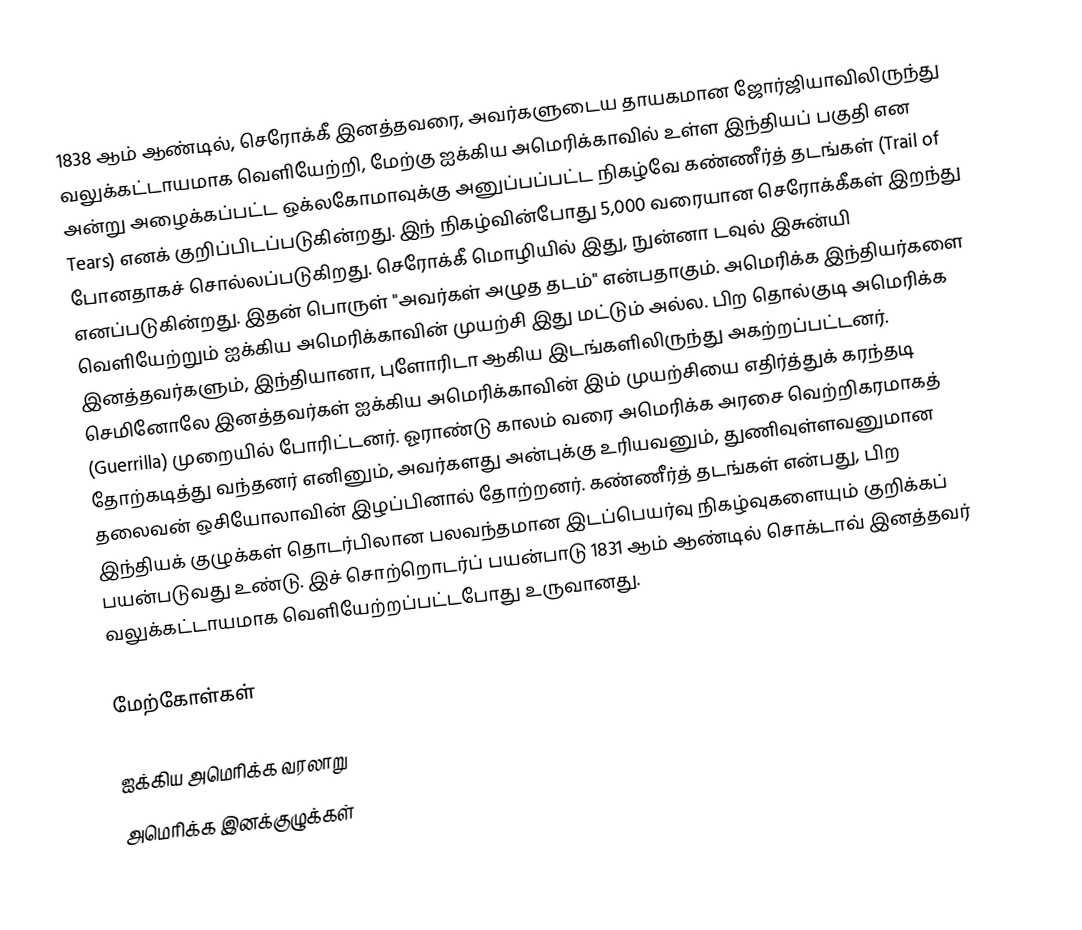
1838 ஆம் ஆண்டில், செரோக்கீ இனத்தவரை, அவர்களுடைய தாயகமான ஜோர்ஜியாவிலிருந்து வலுக்கட்டாயமாக வெளியேற்றி, மேற்கு ஐக்கிய அமெரிக்காவில் உள்ள இந்தியப் பகுதி என அன்று அழைக்கப்பட்ட ஒக்லகோமாவுக்கு அனுப்பப்பட்ட நிகழ்வே கண்ணீர்த் தடங்கள் (Trail of Tears) எனக் குறிப்பிடப்படுகின்றது. இந் நிகழ்வின்போது 5,000 வரையான செரோக்கீகள் இறந்து போனதாகச் சொல்லப்படுகிறது. செரோக்கீ மொழியில் இது, நுன்னா டவுல் இசுன்யி எனப்படுகின்றது. இதன் பொருள் "அவர்கள் அழுத தடம்" என்பதாகும். அமெரிக்க இந்தியர்களை வெளியேற்றும் ஐக்கிய அமெரிக்காவின் முயற்சி இது மட்டும் அல்ல. பிற தொல்குடி அமெரிக்க இனத்தவர்களும், இந்தியானா, புளோரிடா ஆகிய இடங்களிலிருந்து அகற்றப்பட்டனர். செமினோலே இனத்தவர்கள் ஐக்கிய அமெரிக்காவின் இம் முயற்சியை எதிர்த்துக் கரந்தடி (Guerrilla) முறையில் போரிட்டனர். ஓராண்டு காலம் வரை அமெரிக்க அரசை வெற்றிகரமாகத் தோற்கடித்து வந்தனர் எனினும், அவர்களது அன்புக்கு உரியவனும், துணிவுள்ளவனுமான தலைவன் ஒசியோலாவின் இழப்பினால் தோற்றனர். கண்ணீர்த் தடங்கள் என்பது, பிற இந்தியக் குழுக்கள் தொடர்பிலான பலவந்தமான இடப்பெயர்வு நிகழ்வுகளையும் குறிக்கப் பயன்படுவது உண்டு. இச் சொற்றொடர்ப் பயன்பாடு 1831 ஆம் ஆண்டில் சொக்டாவ் இனத்தவர் வலுக்கட்டாயமாக வெளியேற்றப்பட்டபோது உருவானது.

மேற்கோள்கள்

ஐக்கிய அமெரிக்க வரலாறு
அமெரிக்க இனக்குழுக்கள்